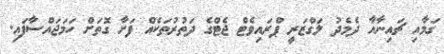
ގަމާއި ޗައިނާއާ ދެމެދު ލަގްޒަރީ ޕްރައިވެޓް ޖެޓްގެ ދަތުރުތަކެއް ފަށާ ގޮތަށް ހަމަޖައްސާފައި.